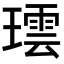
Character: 𬎌